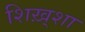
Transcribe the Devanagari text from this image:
शिख़्शा